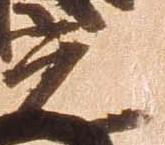
光